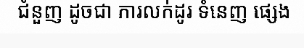
ជំនួញ ដូចជា ការលក់ដូរ ទំនេញ ផ្សេង